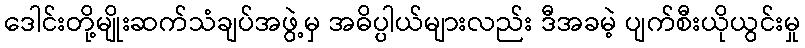
ဒေါင်းတို့မျိုးဆက်သံချပ်အဖွဲ့မှ အဓိပ္ပါယ်များလည်း ဒီအခမဲ့ ပျက်စီးယိုယွင်းမှု